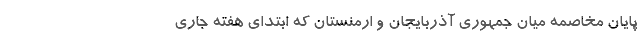
پایان مخاصمه میان جمهوری آذربایجان و ارمنستان که ابتدای هفته جاری